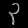
Digit: ၃